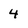
Character: 4